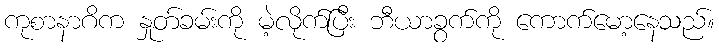
ကုစာနာဂိက နှုတ်ခမ်းကို မဲ့လိုက်ပြီး ဘီယာခွက်ကို ကောက်မော့နေသည်။